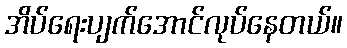
အိပ်ရေးပျက်အောင်လုပ်နေတယ်။